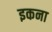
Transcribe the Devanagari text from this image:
इकना